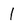
Character: 1